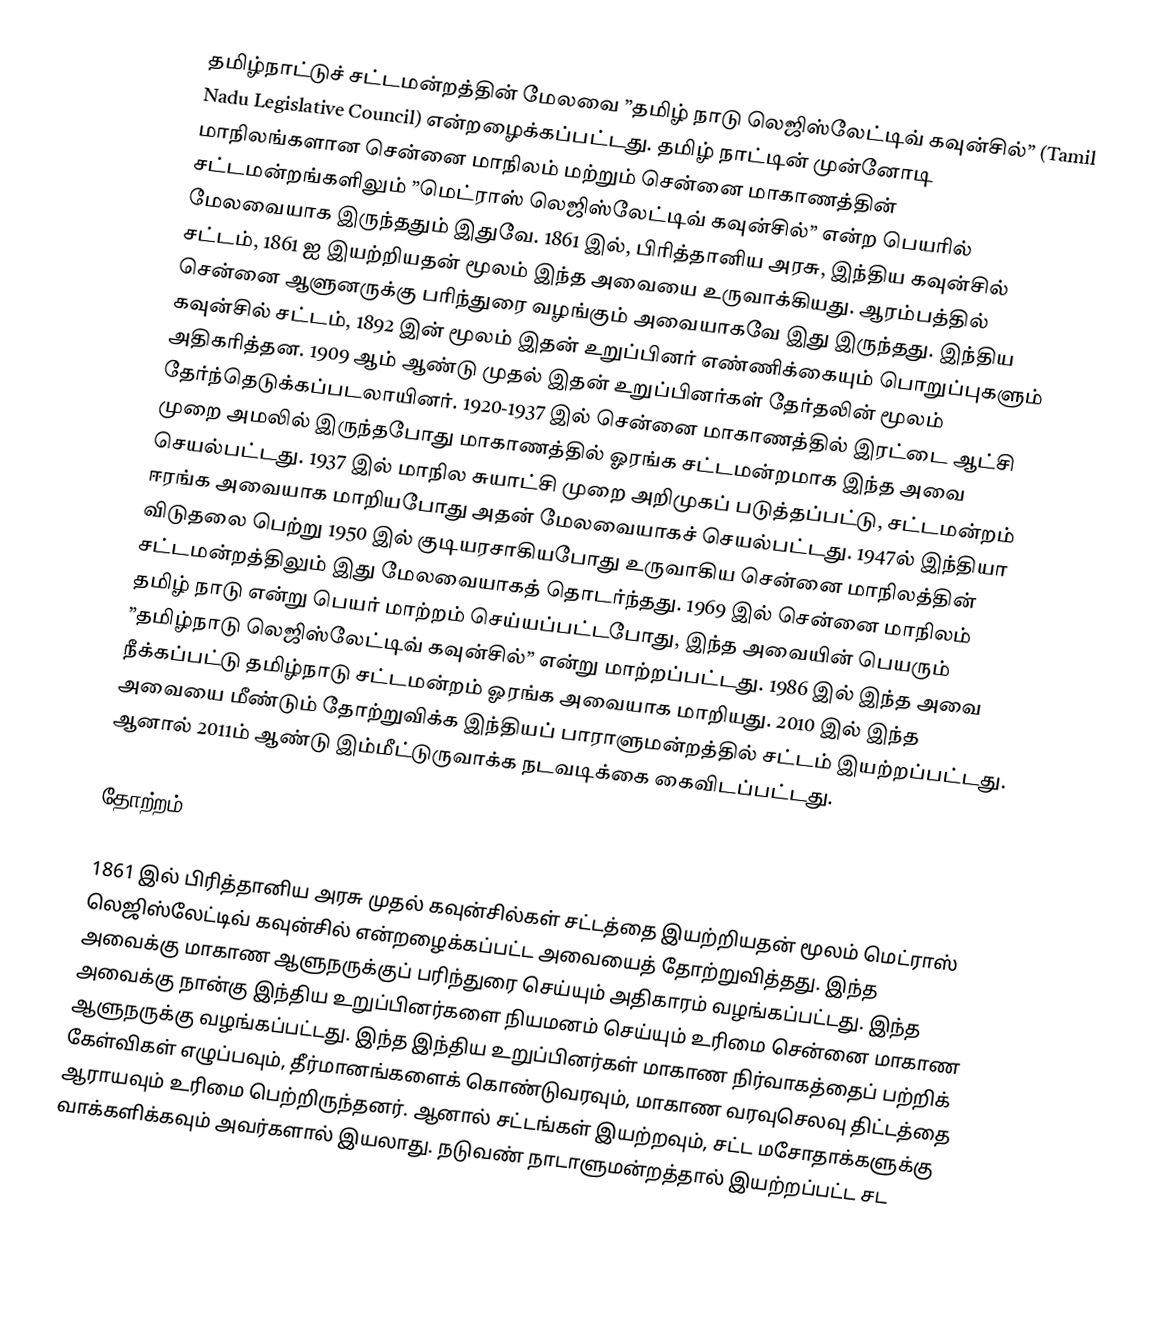
தமிழ்நாட்டுச் சட்டமன்றத்தின் மேலவை ”தமிழ் நாடு லெஜிஸ்லேட்டிவ் கவுன்சில்” (Tamil Nadu Legislative Council) என்றழைக்கப்பட்டது. தமிழ் நாட்டின் முன்னோடி மாநிலங்களான சென்னை மாநிலம் மற்றும் சென்னை மாகாணத்தின் சட்டமன்றங்களிலும் ”மெட்ராஸ் லெஜிஸ்லேட்டிவ் கவுன்சில்” என்ற பெயரில் மேலவையாக இருந்ததும் இதுவே. 1861 இல், பிரித்தானிய அரசு, இந்திய கவுன்சில் சட்டம், 1861 ஐ இயற்றியதன் மூலம் இந்த அவையை உருவாக்கியது. ஆரம்பத்தில் சென்னை ஆளுனருக்கு பரிந்துரை வழங்கும் அவையாகவே இது இருந்தது. இந்திய கவுன்சில் சட்டம், 1892 இன் மூலம் இதன் உறுப்பினர் எண்ணிக்கையும் பொறுப்புகளும் அதிகரித்தன. 1909 ஆம் ஆண்டு முதல் இதன் உறுப்பினர்கள் தேர்தலின் மூலம் தேர்ந்தெடுக்கப்படலாயினர். 1920-1937 இல் சென்னை மாகாணத்தில் இரட்டை ஆட்சி முறை அமலில் இருந்தபோது மாகாணத்தில் ஓரங்க சட்டமன்றமாக இந்த அவை செயல்பட்டது. 1937 இல் மாநில சுயாட்சி முறை அறிமுகப் படுத்தப்பட்டு, சட்டமன்றம் ஈரங்க அவையாக மாறியபோது அதன் மேலவையாகச் செயல்பட்டது. 1947ல் இந்தியா விடுதலை பெற்று 1950 இல் குடியரசாகியபோது உருவாகிய சென்னை மாநிலத்தின் சட்டமன்றத்திலும் இது மேலவையாகத் தொடர்ந்தது. 1969 இல் சென்னை மாநிலம் தமிழ் நாடு என்று பெயர் மாற்றம் செய்யப்பட்டபோது, இந்த அவையின் பெயரும் ”தமிழ்நாடு லெஜிஸ்லேட்டிவ் கவுன்சில்” என்று மாற்றப்பட்டது. 1986 இல் இந்த அவை நீக்கப்பட்டு தமிழ்நாடு சட்டமன்றம் ஓரங்க அவையாக மாறியது. 2010 இல் இந்த அவையை மீண்டும் தோற்றுவிக்க இந்தியப் பாராளுமன்றத்தில் சட்டம் இயற்றப்பட்டது. ஆனால் 2011ம் ஆண்டு இம்மீட்டுருவாக்க நடவடிக்கை கைவிடப்பட்டது.

தோற்றம்

1861 இல் பிரித்தானிய அரசு முதல் கவுன்சில்கள் சட்டத்தை இயற்றியதன் மூலம் மெட்ராஸ் லெஜிஸ்லேட்டிவ் கவுன்சில் என்றழைக்கப்பட்ட அவையைத் தோற்றுவித்தது. இந்த அவைக்கு மாகாண ஆளுநருக்குப் பரிந்துரை செய்யும் அதிகாரம் வழங்கப்பட்டது. இந்த அவைக்கு நான்கு இந்திய உறுப்பினர்களை நியமனம் செய்யும் உரிமை சென்னை மாகாண ஆளுநருக்கு வழங்கப்பட்டது. இந்த இந்திய உறுப்பினர்கள் மாகாண நிர்வாகத்தைப் பற்றிக் கேள்விகள் எழுப்பவும், தீர்மானங்களைக் கொண்டுவரவும், மாகாண வரவுசெலவு திட்டத்தை ஆராயவும் உரிமை பெற்றிருந்தனர். ஆனால் சட்டங்கள் இயற்றவும், சட்ட மசோதாக்களுக்கு வாக்களிக்கவும் அவர்களால் இயலாது. நடுவண் நாடாளுமன்றத்தால் இயற்றப்பட்ட சட